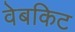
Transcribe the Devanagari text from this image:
वेबकिट